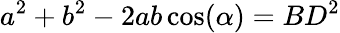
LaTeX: a^{2}+b^{2}-2ab\cos(\alpha)=BD^{2}